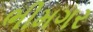
ભીમગર